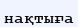
нақтыға